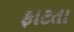
ફાટતા